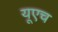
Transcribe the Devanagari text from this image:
यूएच